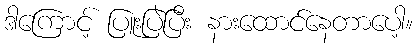
ဒါကြောင့် ပြူးပြဲပြီး နားထောင်နေတာပေါ့။